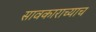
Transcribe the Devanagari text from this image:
सावकाराच्याच